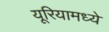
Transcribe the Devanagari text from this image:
यूरियामध्ये